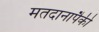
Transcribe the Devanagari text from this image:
मतदानापैकी